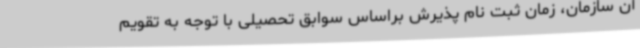
آن سازمان، زمان ثبت نام پذیرش براساس سوابق تحصیلی با توجه به تقویم